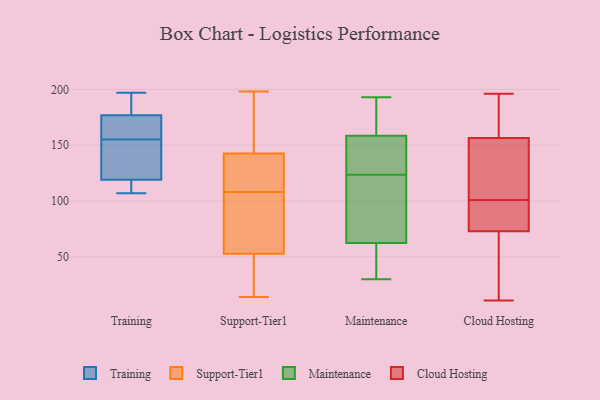
{"axis": {"x": "Active Users", "y": "Value"}, "legend": ["Cloud Hosting", "Maintenance", "Support-Tier1", "Training"], "data": [{"x": "", "y": 107, "type": "Training"}, {"x": "", "y": 184, "type": "Training"}, {"x": "", "y": 143, "type": "Training"}, {"x": "", "y": 175, "type": "Training"}, {"x": "", "y": 197, "type": "Training"}, {"x": "", "y": 110, "type": "Training"}, {"x": "", "y": 155, "type": "Training"}, {"x": "", "y": 177, "type": "Training"}, {"x": "", "y": 148, "type": "Training"}, {"x": "", "y": 111, "type": "Training"}, {"x": "", "y": 176, "type": "Training"}, {"x": "", "y": 112, "type": "Support-Tier1"}, {"x": "", "y": 174, "type": "Support-Tier1"}, {"x": "", "y": 161, "type": "Support-Tier1"}, {"x": "", "y": 29, "type": "Support-Tier1"}, {"x": "", "y": 135, "type": "Support-Tier1"}, {"x": "", "y": 48, "type": "Support-Tier1"}, {"x": "", "y": 145, "type": "Support-Tier1"}, {"x": "", "y": 123, "type": "Support-Tier1"}, {"x": "", "y": 65, "type": "Support-Tier1"}, {"x": "", "y": 55, "type": "Support-Tier1"}, {"x": "", "y": 107, "type": "Support-Tier1"}, {"x": "", "y": 163, "type": "Support-Tier1"}, {"x": "", "y": 198, "type": "Support-Tier1"}, {"x": "", "y": 32, "type": "Support-Tier1"}, {"x": "", "y": 14, "type": "Support-Tier1"}, {"x": "", "y": 113, "type": "Support-Tier1"}, {"x": "", "y": 52, "type": "Support-Tier1"}, {"x": "", "y": 76, "type": "Support-Tier1"}, {"x": "", "y": 108, "type": "Support-Tier1"}, {"x": "", "y": 40, "type": "Maintenance"}, {"x": "", "y": 116, "type": "Maintenance"}, {"x": "", "y": 185, "type": "Maintenance"}, {"x": "", "y": 58, "type": "Maintenance"}, {"x": "", "y": 108, "type": "Maintenance"}, {"x": "", "y": 163, "type": "Maintenance"}, {"x": "", "y": 143, "type": "Maintenance"}, {"x": "", "y": 147, "type": "Maintenance"}, {"x": "", "y": 67, "type": "Maintenance"}, {"x": "", "y": 182, "type": "Maintenance"}, {"x": "", "y": 72, "type": "Maintenance"}, {"x": "", "y": 146, "type": "Maintenance"}, {"x": "", "y": 193, "type": "Maintenance"}, {"x": "", "y": 45, "type": "Maintenance"}, {"x": "", "y": 108, "type": "Maintenance"}, {"x": "", "y": 159, "type": "Maintenance"}, {"x": "", "y": 158, "type": "Maintenance"}, {"x": "", "y": 30, "type": "Maintenance"}, {"x": "", "y": 48, "type": "Maintenance"}, {"x": "", "y": 131, "type": "Maintenance"}, {"x": "", "y": 65, "type": "Cloud Hosting"}, {"x": "", "y": 72, "type": "Cloud Hosting"}, {"x": "", "y": 138, "type": "Cloud Hosting"}, {"x": "", "y": 16, "type": "Cloud Hosting"}, {"x": "", "y": 153, "type": "Cloud Hosting"}, {"x": "", "y": 77, "type": "Cloud Hosting"}, {"x": "", "y": 101, "type": "Cloud Hosting"}, {"x": "", "y": 11, "type": "Cloud Hosting"}, {"x": "", "y": 76, "type": "Cloud Hosting"}, {"x": "", "y": 157, "type": "Cloud Hosting"}, {"x": "", "y": 187, "type": "Cloud Hosting"}, {"x": "", "y": 196, "type": "Cloud Hosting"}, {"x": "", "y": 181, "type": "Cloud Hosting"}, {"x": "", "y": 155, "type": "Cloud Hosting"}, {"x": "", "y": 77, "type": "Cloud Hosting"}]}